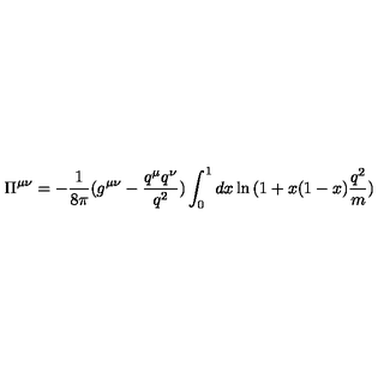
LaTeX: \Pi ^ { \mu \nu } = - \frac { 1 } { 8 \pi } ( g ^ { \mu \nu } - \frac { q ^ { \mu } q ^ { \nu } } { q ^ { 2 } } ) \int _ { 0 } ^ { 1 } d x \ln { ( 1 + x ( 1 - x ) \frac { q ^ { 2 } } { m } ) }